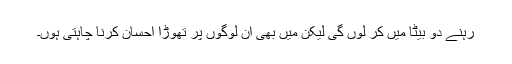
رہنے دو بیٹا میں کر لوں گی لیکن میں بھی ان لوگوں پر تھوڑا احسان کرنا چاہتی ہوں۔